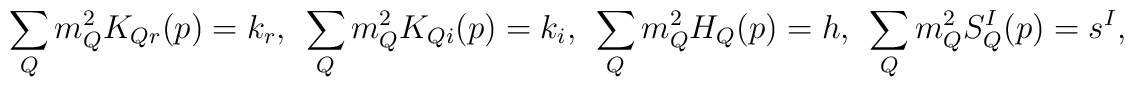
\sum_{Q}m_Q^2K_{Qr}(p)=k_r,\ \ \sum_{Q}m_Q^2K_{Qi}(p)=k_i,\ \ \sum_{Q}m_Q^2H_Q(p)=h,\ \ \sum_{Q}m_Q^2S_Q^I(p)=s^I,